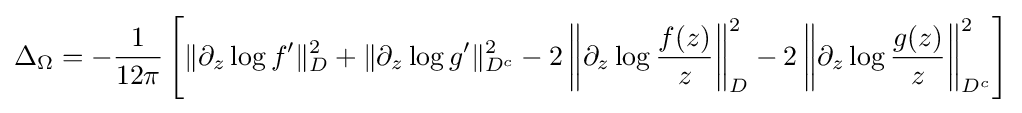
\Delta _{\Omega }=-{\frac {1}{12\pi }}\left[\|\partial _{z}\log f'\|_{D}^{2}+\|\partial _{z}\log g'\|_{D^{c}}^{2}-2\left\|\partial _{z}\log {\frac {f(z)}{z}}\right\|_{D}^{2}-2\left\|\partial _{z}\log {\frac {g(z)}{z}}\right\|_{D^{c}}^{2}\right]